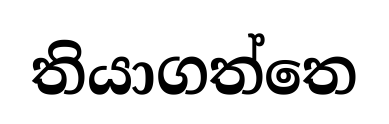
තියාගත්තෙ